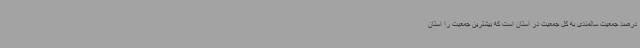
درصد جمعیت سالمندی به کل جمعیت در استان است که بیشترین جمعیت را استان